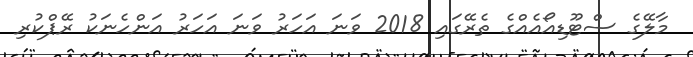
މާލޭގެ ސްޓޫޑިއޯއެއްގެ ތެރޭގައި 2018 ވަނަ އަހަރު ވަނަ އަހަރު އަންހެނަކު ރޭޕްކުރި